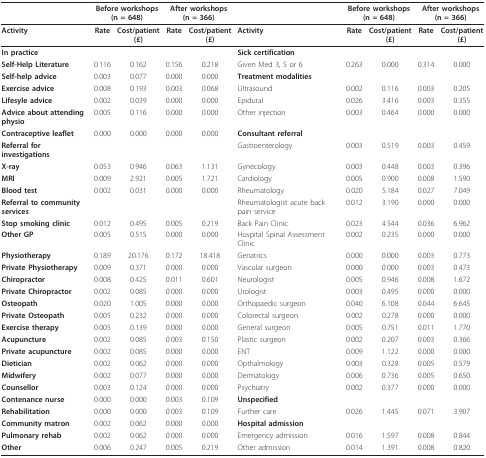
<table><thead><tr><td></td><td colspan="2"><b>Before workshops(n = 648)</b></td><td colspan="2"><b>After workshops(n = 366)</b></td><td></td><td colspan="2"><b>Before workshops(n = 648)</b></td><td colspan="2"><b>After workshops(n = 366)</b></td></tr></thead><tbody><tr><td><b>Activity</b></td><td><b>Rate</b></td><td><b>Cost/patient (£)</b></td><td><b>Rate</b></td><td><b>Cost/patient (£)</b></td><td><b>Activity</b></td><td><b>Rate</b></td><td><b>Cost/patient (£)</b></td><td><b>Rate</b></td><td><b>Cost/patient (£)</b></td></tr><tr><td><b>In practice</b></td><td></td><td></td><td></td><td></td><td><b>Sick certification</b></td><td></td><td></td><td></td><td></td></tr><tr><td><b>Self-Help Literature</b></td><td>0.116</td><td>0.162</td><td>0.156</td><td>0.218</td><td>Given Med 3, 5 or 6</td><td>0.263</td><td>0.000</td><td>0.314</td><td>0.000</td></tr><tr><td><b>Self-help advice</b></td><td>0.003</td><td>0.077</td><td>0.000</td><td>0.000</td><td><b>Treatment modalities</b></td><td></td><td></td><td></td><td></td></tr><tr><td><b>Exercise advice</b></td><td>0.008</td><td>0.193</td><td>0.003</td><td>0.068</td><td>Ultrasound</td><td>0.002</td><td>0.116</td><td>0.003</td><td>0.205</td></tr><tr><td><b>Lifesyle advice</b></td><td>0.002</td><td>0.039</td><td>0.000</td><td>0.000</td><td>Epidural</td><td>0.026</td><td>3.416</td><td>0.003</td><td>0.355</td></tr><tr><td><b>Advice about attending physio</b></td><td>0.005</td><td>0.116</td><td>0.000</td><td>0.000</td><td>Other injection</td><td>0.003</td><td>0.464</td><td>0.000</td><td>0.000</td></tr><tr><td><b>Contraceptive leaflet</b></td><td>0.000</td><td>0.000</td><td>0.000</td><td>0.000</td><td><b>Consultant referral</b></td><td></td><td></td><td></td><td></td></tr><tr><td><b>Referral for investigations</b></td><td></td><td></td><td></td><td></td><td>Gastroenterology</td><td>0.003</td><td>0.519</td><td>0.003</td><td>0.459</td></tr><tr><td><b>X-ray</b></td><td>0.053</td><td>0.946</td><td>0.063</td><td>1.131</td><td>Gynecology</td><td>0.003</td><td>0.448</td><td>0.003</td><td>0.396</td></tr><tr><td><b>MRI</b></td><td>0.009</td><td>2.921</td><td>0.005</td><td>1.721</td><td>Cardiology</td><td>0.005</td><td>0.900</td><td>0.008</td><td>1.590</td></tr><tr><td><b>Blood test</b></td><td>0.002</td><td>0.031</td><td>0.000</td><td>0.000</td><td>Rheumatology</td><td>0.020</td><td>5.184</td><td>0.027</td><td>7.049</td></tr><tr><td><b>Referral to community services</b></td><td></td><td></td><td></td><td></td><td>Rheumatologist acute back pain service</td><td>0.012</td><td>3.190</td><td>0.000</td><td>0.000</td></tr><tr><td><b>Stop smoking clinic</b></td><td>0.012</td><td>0.495</td><td>0.005</td><td>0.219</td><td>Back Pain Clinic</td><td>0.023</td><td>4.544</td><td>0.036</td><td>6.962</td></tr><tr><td><b>Other GP</b></td><td>0.005</td><td>0.515</td><td>0.000</td><td>0.000</td><td>Hospital Spinal Assessment Clinic</td><td>0.002</td><td>0.235</td><td>0.000</td><td>0.000</td></tr><tr><td><b>Physiotherapy</b></td><td>0.189</td><td>20.176</td><td>0.172</td><td>18.418</td><td>Geriatrics</td><td>0.000</td><td>0.000</td><td>0.003</td><td>0.773</td></tr><tr><td><b>Private Physiotherapy</b></td><td>0.009</td><td>0.371</td><td>0.000</td><td>0.000</td><td>Vascular surgeon</td><td>0.000</td><td>0.000</td><td>0.003</td><td>0.473</td></tr><tr><td><b>Chiropractor</b></td><td>0.008</td><td>0.425</td><td>0.011</td><td>0.601</td><td>Neurologist</td><td>0.005</td><td>0.946</td><td>0.008</td><td>1.672</td></tr><tr><td><b>Private Chiropractor</b></td><td>0.002</td><td>0.085</td><td>0.000</td><td>0.000</td><td>Urologist</td><td>0.003</td><td>0.495</td><td>0.000</td><td>0.000</td></tr><tr><td><b>Osteopath</b></td><td>0.020</td><td>1.005</td><td>0.000</td><td>0.000</td><td>Orthopaedic surgeon</td><td>0.040</td><td>6.108</td><td>0.044</td><td>6.645</td></tr><tr><td><b>Private Osteopath</b></td><td>0.005</td><td>0.232</td><td>0.000</td><td>0.000</td><td>Colorectal surgeon</td><td>0.002</td><td>0.278</td><td>0.000</td><td>0.000</td></tr><tr><td><b>Exercise therapy</b></td><td>0.005</td><td>0.139</td><td>0.000</td><td>0.000</td><td>General surgeon</td><td>0.005</td><td>0.751</td><td>0.011</td><td>1.770</td></tr><tr><td><b>Acupuncture</b></td><td>0.002</td><td>0.085</td><td>0.003</td><td>0.150</td><td>Plastic surgeon</td><td>0.002</td><td>0.207</td><td>0.003</td><td>0.366</td></tr><tr><td><b>Private acupuncture</b></td><td>0.002</td><td>0.085</td><td>0.000</td><td>0.000</td><td>ENT</td><td>0.009</td><td>1.122</td><td>0.000</td><td>0.000</td></tr><tr><td><b>Dietician</b></td><td>0.002</td><td>0.062</td><td>0.000</td><td>0.000</td><td>Opthalmology</td><td>0.003</td><td>0.328</td><td>0.005</td><td>0.579</td></tr><tr><td><b>Midwifery</b></td><td>0.002</td><td>0.077</td><td>0.000</td><td>0.000</td><td>Dermatology</td><td>0.006</td><td>0.736</td><td>0.005</td><td>0.650</td></tr><tr><td><b>Counsellor</b></td><td>0.003</td><td>0.124</td><td>0.000</td><td>0.000</td><td>Psychiatry</td><td>0.002</td><td>0.377</td><td>0.000</td><td>0.000</td></tr><tr><td><b>Contenance nurse</b></td><td>0.000</td><td>0.000</td><td>0.003</td><td>0.109</td><td><b>Unspecified</b></td><td></td><td></td><td></td><td></td></tr><tr><td><b>Rehabilitation</b></td><td>0.000</td><td>0.000</td><td>0.003</td><td>0.109</td><td>Further care</td><td>0.026</td><td>1.445</td><td>0.071</td><td>3.907</td></tr><tr><td><b>Community matron</b></td><td>0.002</td><td>0.062</td><td>0.000</td><td>0.000</td><td><b>Hospital admission</b></td><td></td><td></td><td></td><td></td></tr><tr><td><b>Pulmonary rehab</b></td><td>0.002</td><td>0.062</td><td>0.000</td><td>0.000</td><td>Emergency admission</td><td>0.016</td><td>1.597</td><td>0.008</td><td>0.844</td></tr><tr><td><b>Other</b></td><td>0.006</td><td>0.247</td><td>0.005</td><td>0.219</td><td>Other admission</td><td>0.014</td><td>1.391</td><td>0.008</td><td>0.820</td></tr></tbody></table>